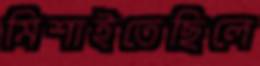
মিশাইতেছিলে